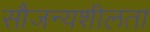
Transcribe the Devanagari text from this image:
सौजन्यशीलता